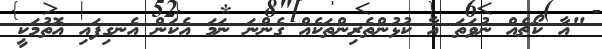
"އާ ކޯޗެއް ނުވަތަ އާ ކުޅުންތެރިންތަކެއް ގެންނަ ނަމަ އެކަން އެނގިފައި އޮތުމަކީ